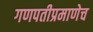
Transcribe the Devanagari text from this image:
गणपतीप्रमाणेच